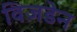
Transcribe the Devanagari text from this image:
विज़डेन